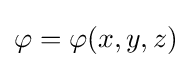
\varphi =\varphi (x,y,z)